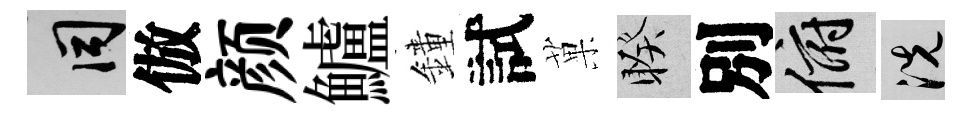
间倣颜鱸鐘試菓睽別俯洗